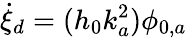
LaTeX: \dot{\xi}_{d}=(h_{0}k_{a}^{2})\phi_{0,a}